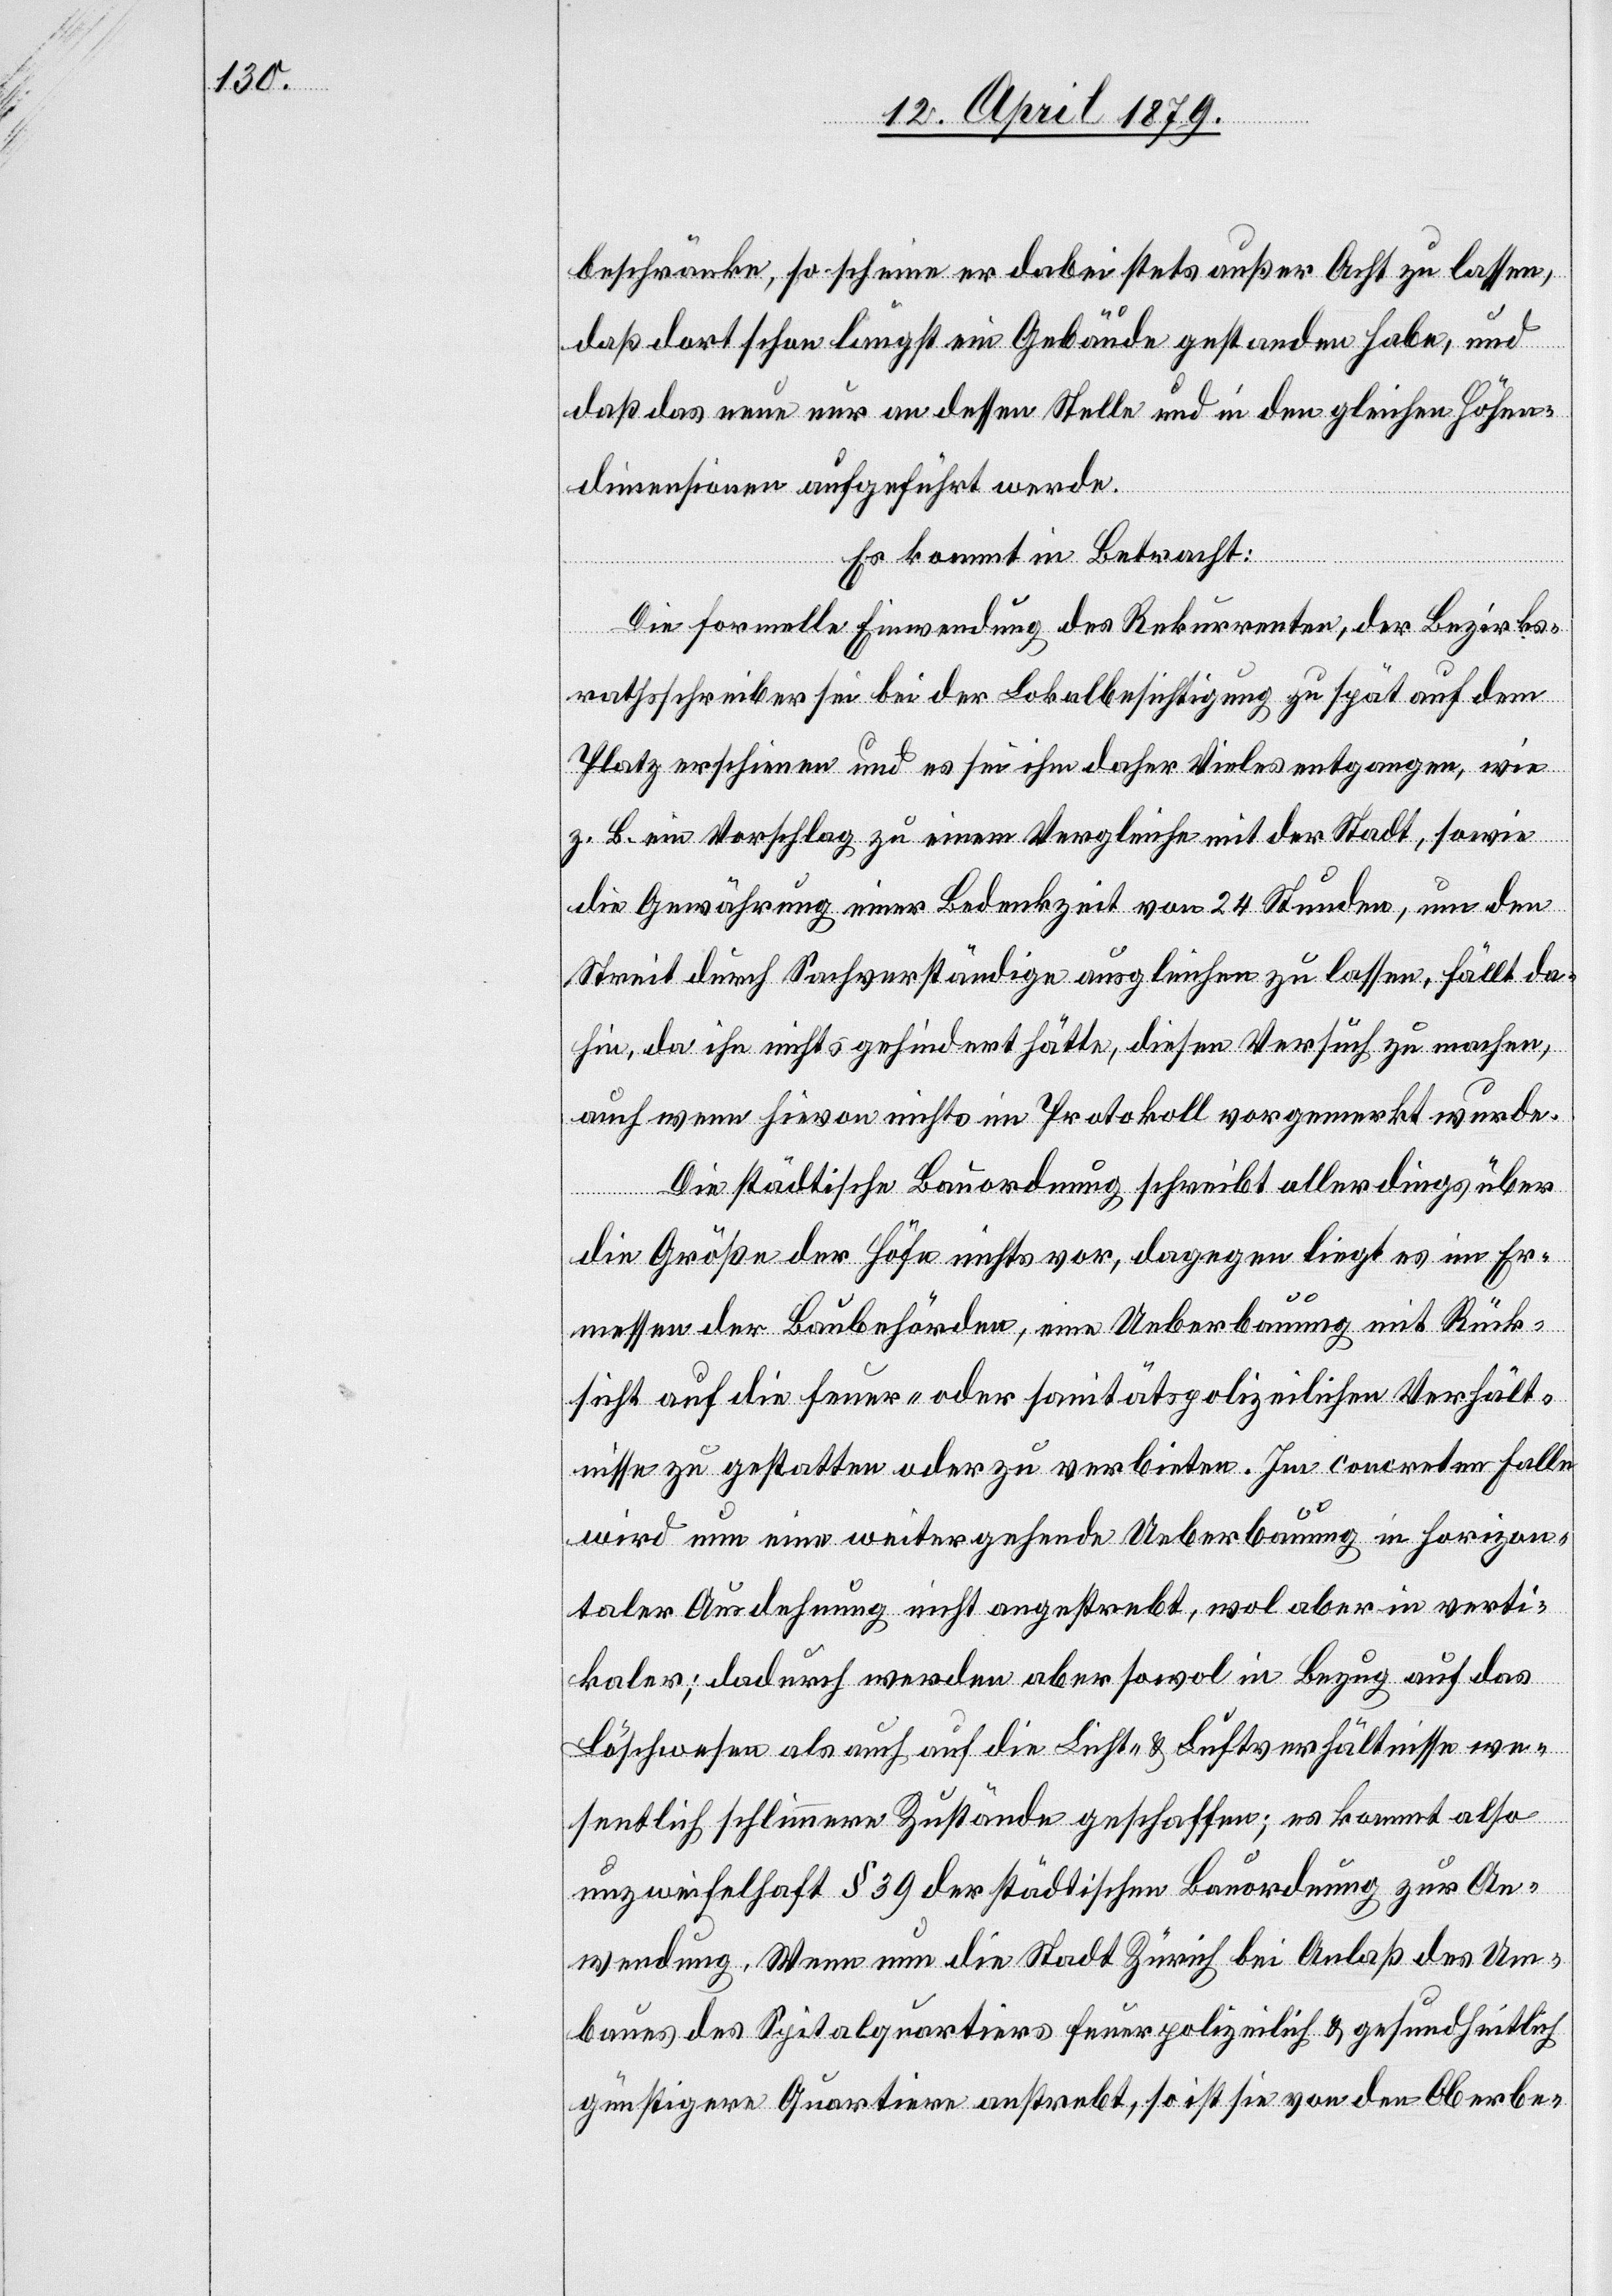
beschränke, so scheine er dabei stets außer Acht zu lassen,
daß dort schon längst ein Gebäude gestanden habe, und
daß das neue nur an dessen Stelle und in den gleichen Höhen¬
dimensionen aufgeführt werde.
Es kommt in Betracht:
Die formelle Einwendung des Rekurrenten, der Bezirks¬
rathsschreiber sei bei der Lokalbesichtigung zu spät auf dem
Platz erschienen und es sei ihm daher Vieles entgangen, wie
z. B. ein Vorschlag zu einem Vergleiche mit der Stadt, sowie
die Gewährung einer Bedenkzeit von 24 Stunden, um den
Streit durch Sachverständige ausgleichen zu lassen, fällt da¬
hin, da ihn nichts gehindert hätte, diesen Versuch zu machen,
auch wenn hievon nichts im Protokoll vorgemerkt wurde.
Die städtische Bauordnung schreibt allerdings über
die Größe der Höfe nichts vor, dagegen liegt es im Er¬
messen der Baubehörden, eine Ueberbauung mit Rück¬
sicht auf die feuer- oder sanitätspolizeilichen Verhält¬
nisse zu gestatten oder zu verbieten. Im concreten Falle
wird nun eine weitergehende Ueberbauung in horizon¬
taler Ausdehnung nicht angestrebt, wol aber in verti¬
kaler; dadurch werden aber sowol in Bezug auf das
Löschwesen als auch auf die Licht- & Luftverhältnisse we¬
sentlich schlimmere Zustände geschaffen; es kommt also
unzweifelhaft § 39 der städtischen Bauordnung zur An¬
wendung. Wenn nun die Stadt Zürich bei Anlaß des Um¬
baues des Spitalquartiers feuerpolizeilich & gesundheitlich
günstigere Quartiere anstrebt, so ist sie von den Oberbe-